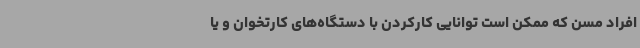
افراد مسن که ممکن است توانایی کارکردن با دستگاه‌های کارتخوان و یا